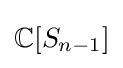
\mathbb {C} [S_{n-1}]